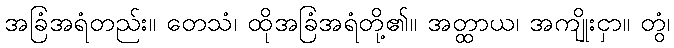
အခြံအရံတည်း။ တေသံ၊ ထိုအခြံအရံတို့၏။ အတ္ထာယ၊ အကျိုးငှာ။ တွံ၊